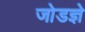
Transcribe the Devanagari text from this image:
जोडज्ञे